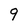
Character: 9